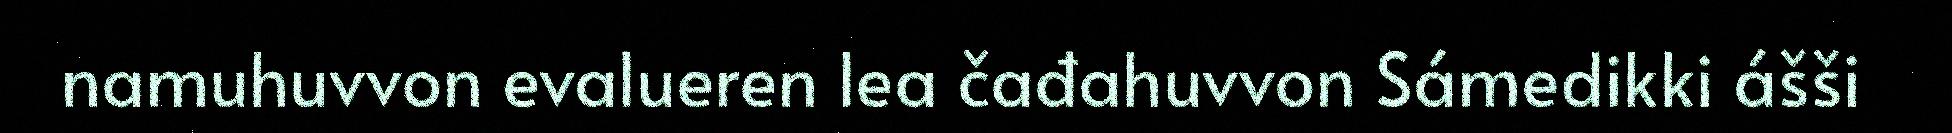
namuhuvvon evalueren lea čađahuvvon Sámedikki ášši